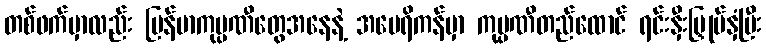
တစ်ဖက်မှာလည်း မြန်မာကုမ္ပဏီတွေအနေနဲ့ အမေရိကန်မှာ ကုမ္ပဏီတည်ထောင် ရင်းနှီးမြှုပ်နှံပြီး